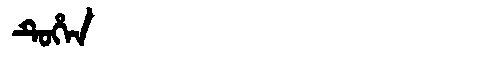
Manchu: ᡨᡠᡥᡝᠨ
Romanization: TUHEN